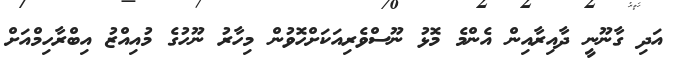
އަދި ގާނޫނީ ދާއިރާއިން އެންމެ މޮޅު ނޫސްވެރިއަކަށްހޮވުން މިހާރު ނޫހުގެ މުއިއްޒު އިބްރާހިމްއަށް